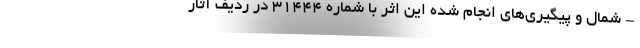
- شمال و پیگیری‌های انجام شده این اثر با شماره ۳۱۴۴۴ در ردیف آثار